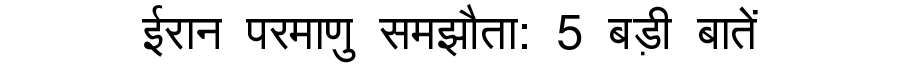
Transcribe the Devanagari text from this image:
ईरान परमाणु समझौता: 5 बड़ी बातें